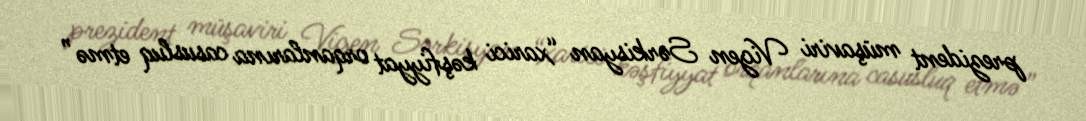
prezident müşaviri Vigen Sərkisyan “xarici kəşfiyyat orqanlarına casusluq etmə”